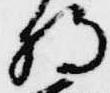
将